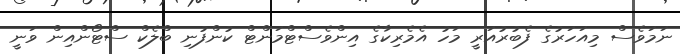
ނަމަވެސް މިއަހަރުގެ ފެބުރުއަރީ މަހު އެމެރިކާގެ އިންވެސްޓްމަންޓް ކުންފުނި ބްލެކް ސްޓޯންއިން ވަނީ